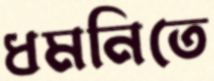
ধমনিতে